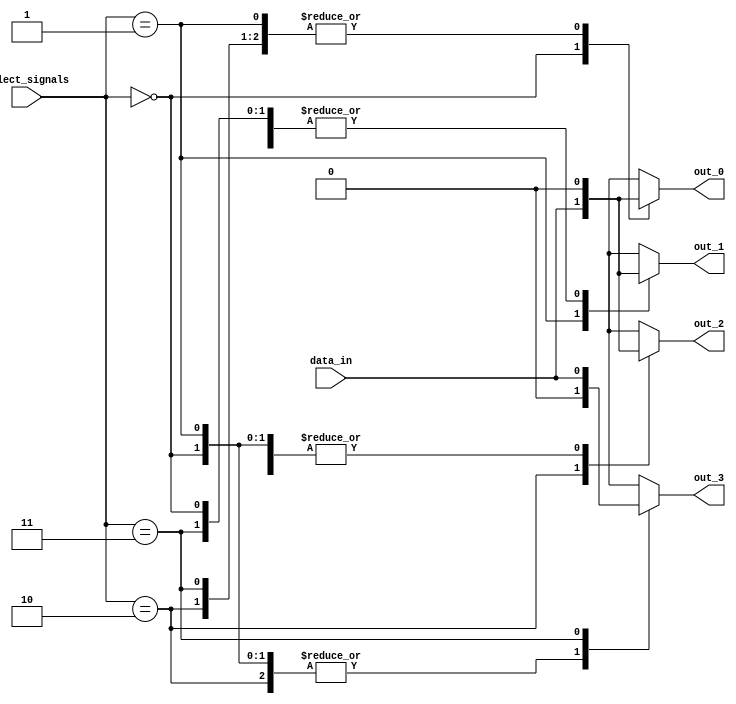
module demultiplexer(
    input wire data_in,
    input wire[1:0] select_signals,
    output reg out_0,
    output reg out_1,
    output reg out_2,
    output reg out_3
);

always @(*)
begin
    case(select_signals)
        2'b00: begin
            out_0 = data_in;
            out_1 = 1'b0;
            out_2 = 1'b0;
            out_3 = 1'b0;
        end
        2'b01: begin
            out_0 = 1'b0;
            out_1 = data_in;
            out_2 = 1'b0;
            out_3 = 1'b0;
        end
        2'b10: begin
            out_0 = 1'b0;
            out_1 = 1'b0;
            out_2 = data_in;
            out_3 = 1'b0;
        end
        2'b11: begin
            out_0 = 1'b0;
            out_1 = 1'b0;
            out_2 = 1'b0;
            out_3 = data_in;
        end
        default: begin
            out_0 = 1'b0;
            out_1 = 1'b0;
            out_2 = 1'b0;
            out_3 = 1'b0;
        end
    endcase
end

endmodule